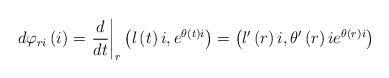
LaTeX: \begin{align*}d\varphi _{ri}\left( i\right) =\left. \frac{d}{dt}\right\vert _{r}\left(l\left( t\right) i,e^{\theta \left( t\right) i}\right) =\left( l^{\prime}\left( r\right) i,\theta ^{\prime }\left( r\right) ie^{\theta \left(r\right) i}\right) \end{align*}